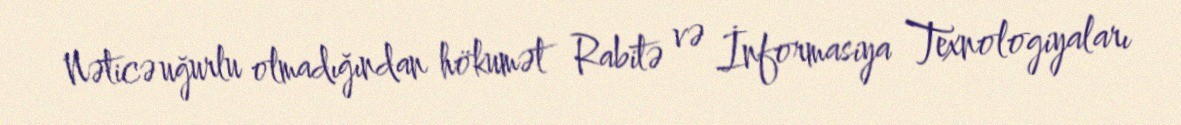
Nəticə uğurlu olmadığından hökumət Rabitə və İnformasiya Texnologiyaları